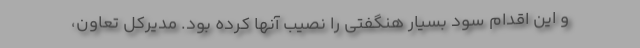
و این اقدام سود بسیار هنگفتی را نصیب آنها کرده بود. مدیرکل تعاون،